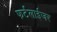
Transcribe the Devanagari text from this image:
फर्टलाईजर